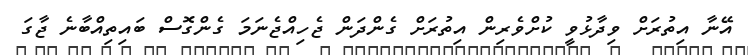
އޭނާ އިތުރަށް ވިދާޅުވީ ކުށްވެރިން އިތުރަށް ގެންދަން ޖެހިއްޖެނަމަ ގެންގޮސް ބައިތިއްބާނެ ޖާގަ